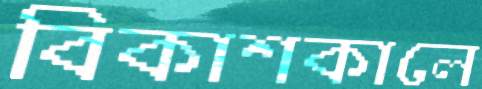
বিকাশকালে